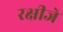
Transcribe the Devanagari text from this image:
रक्षीजे